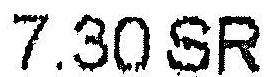
7.30 SR